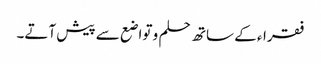
فقراء کے ساتھ حلم و تواضع سے پیش آتے۔